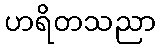
ဟရိတသညာ